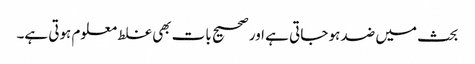
بحث میں ضد ہو جاتی ہے اور صحیح بات بھی غلط معلوم ہوتی ہے۔